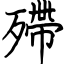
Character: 殢